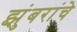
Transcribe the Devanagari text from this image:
झुंबरांचे